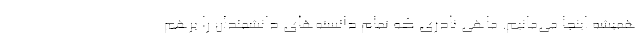
همیشه اینجا می‌مانیم. ماهی نادری که تمام دانسته‌های دانشمندان را برهم